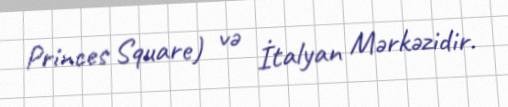
Princes Square) və İtalyan Mərkəzidir.